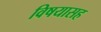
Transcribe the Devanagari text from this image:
विषयासह